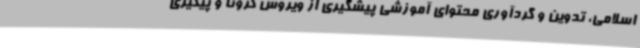
اسلامی، تدوین و گردآوری محتوای آموزشی پیشگیری از ویروس کرونا و پیگیری